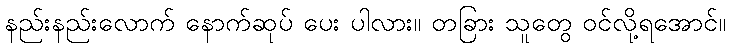
နည်းနည်းလောက် နောက်ဆုပ် ပေး ပါလား။ တခြား သူတွေ ဝင်လို့ရအောင်။